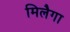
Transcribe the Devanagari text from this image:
मिलैगा